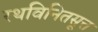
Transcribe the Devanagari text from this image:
रथविनितसूत्त